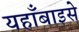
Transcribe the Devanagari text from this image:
यहाँबाइसे